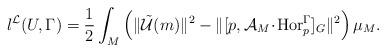
LaTeX: \begin{align*}l^\mathcal{L}(U,\Gamma)=\frac{1}{2}\int_M\left(\|\tilde{\mathcal{U}}(m)\|^2-\|[p,\mathcal{A}_M\!\cdot\!\operatorname{Hor}^\Gamma_p]_G\|^2\right)\mu_M.\end{align*}